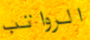
الرواتب